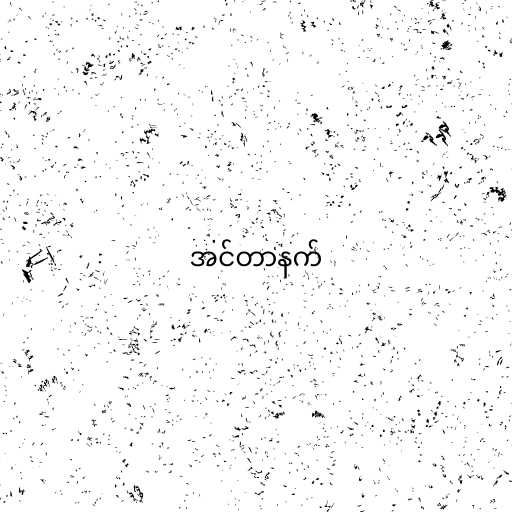
အင်တာနက်